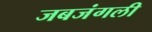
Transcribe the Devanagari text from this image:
जबजंगली